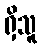
ရှိသူ